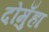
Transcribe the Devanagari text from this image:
दोमुँहा